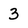
Character: 3